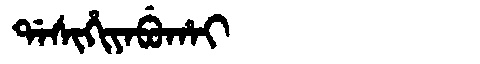
Manchu: ᡩᠠᠰᡳᡥᡳᠶᠠᠪᡠᡥᠠᡳ
Romanization: DASIHIYABUHAI